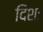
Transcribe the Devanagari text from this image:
दिशः